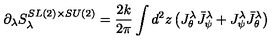
\partial _ { \lambda } S _ { \lambda } ^ { S L ( 2 ) \times S U ( 2 ) } = \frac { 2 k } { 2 \pi } \int d ^ { 2 } z \left( J _ { \theta } ^ { \lambda } \bar { J } _ { \psi } ^ { \lambda } + J _ { \psi } ^ { \lambda } \bar { J } _ { \theta } ^ { \lambda } \right)